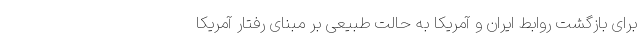
برای بازگشت روابط ایران و آمریکا به حالت طبیعی بر مبنای رفتار آمریکا